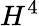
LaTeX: H^{4}